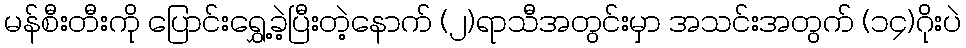
မန်စီးတီးကို ပြောင်းရွှေ့ခဲ့ပြီးတဲ့နောက် (၂)ရာသီအတွင်းမှာ အသင်းအတွက် (၁၄)ဂိုးပဲ